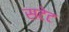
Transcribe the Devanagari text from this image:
सटेट